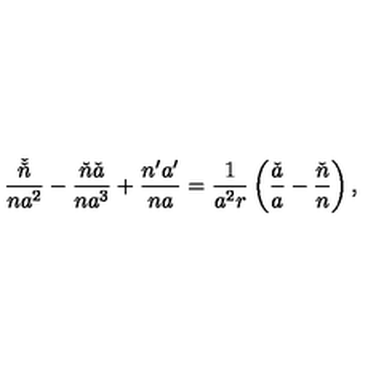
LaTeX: \frac { \check { \check { n } } } { n a ^ { 2 } } - \frac { \check { n } \check { a } } { n a ^ { 3 } } + \frac { n ^ { \prime } a ^ { \prime } } { n a } = \frac { 1 } { a ^ { 2 } r } \left( \frac { \check { a } } { a } - \frac { \check { n } } { n } \right) ,